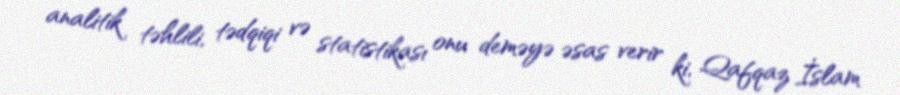
analitik təhlili, tədqiqi və statistikası onu deməyə əsas verir ki, Qafqaz İslam